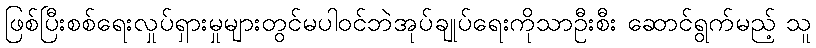
ဖြစ်ပြီးစစ်ရေးလှုပ်ရှားမှုများတွင်မပါဝင်ဘဲအုပ်ချုပ်ရေးကိုသာဦးစီး ဆောင်ရွက်မည့် သူ